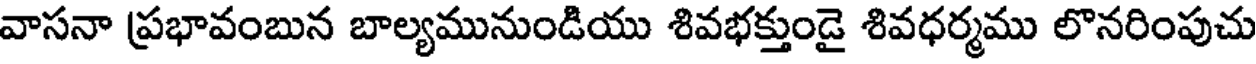
వాసనా ప్రభావంబున బాల్యమునుండియు శివభక్తుండై శివధర్మము లొనరింపుచు